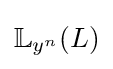
\mathbb {L} _{y^{n}}(L)